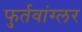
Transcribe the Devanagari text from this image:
फुर्तवांग्लर